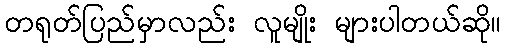
တရုတ်ပြည်မှာလည်း လူမျိုး များပါတယ်ဆို။